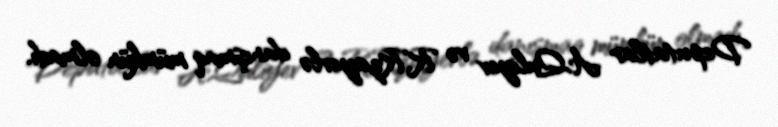
Deputatlar A.Quliyev və R.Rzayevlə danışmaq mümkün olmadı.